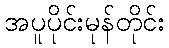
အပူပိုင်းမုန်တိုင်း